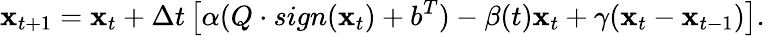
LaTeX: {\mathbf x}_{t+1}={\mathbf x}_{t}+\Delta t\left[\alpha(Q\cdot sign({\mathbf x}_{t})+b^{T})-\beta(t){\mathbf x}_{t}+\gamma({\mathbf x}_{t}-{\mathbf x}_{t-1})\right].